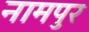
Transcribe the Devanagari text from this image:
नामपुर